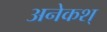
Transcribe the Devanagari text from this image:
अनेकश्